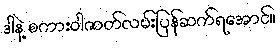
ဒါနဲ့ စကားဝါဇာတ်လမ်းပြန်ဆက်ရအောင်။